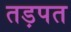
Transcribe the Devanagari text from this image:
तड़पत